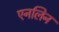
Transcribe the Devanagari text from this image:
एनलिन